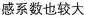
感系数一定较大